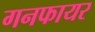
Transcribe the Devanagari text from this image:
गनफायर